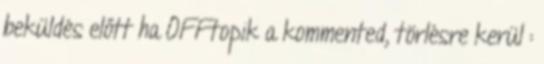
beküldés előtt ha OFFtopik a kommented, törlésre kerül :